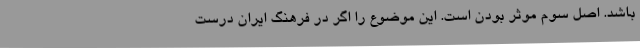
باشد. اصل سوم موثر بودن است. این موضوع را اگر در فرهنگ ایران درست